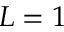
L = 1